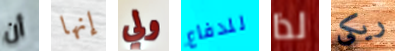
أن إنها ولي للدفاع لذا ريكى